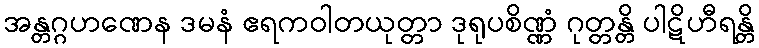
အန္တဂ္ဂဟဏေန ဒမနံ ဧရကဝါတယုတ္တာ ဒုရုပစိဏ္ဏံ ဂုတ္တန္တိ ပါဋိဟီရန္တိ